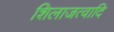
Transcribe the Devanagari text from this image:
शिलाजत्वादि